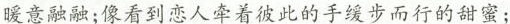
暖意融融;像看到恋人牵着彼此的手缓步而行的甜蜜